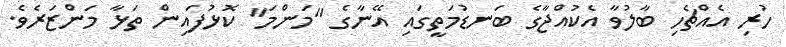
ހުރި އެއްޗެހި ބާލުވާ އެކުއްޖާގެ ބަނޑުމަތީގައި އޭނާގެ "މަންމަ" ކޮޅުފައިން ތަޅާ މަންޒަރެވެ.